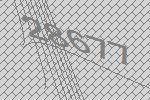
28677